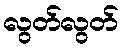
လွတ်လွတ်